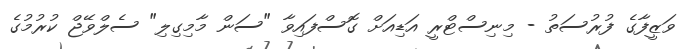
ވަޒީފާގެ ފުރުސަތު - މިނިސްޓްރީ އަޑިއަށް ގޮސްފައިވާ "ސަން މާމިގިލި" ސެލްވޭޖް ކުރުމުގެ